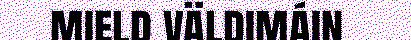
mield väldimáin